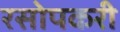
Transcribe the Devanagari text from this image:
रसोपकरी